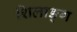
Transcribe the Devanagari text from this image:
शिलाङ्ग